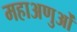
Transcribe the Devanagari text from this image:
महाअणुओं